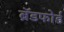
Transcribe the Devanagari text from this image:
ब्रॅडफोर्ड